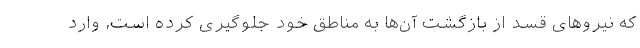
که نیروهای قسد از بازگشت آن‌ها به مناطق خود جلوگیری کرده است، وارد